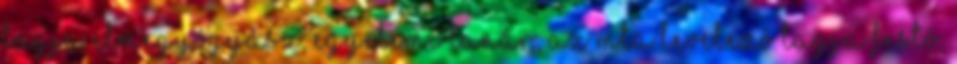
tagja Elmegyógyász, egyetemi tanár, az MTA levelező tagja Festő,